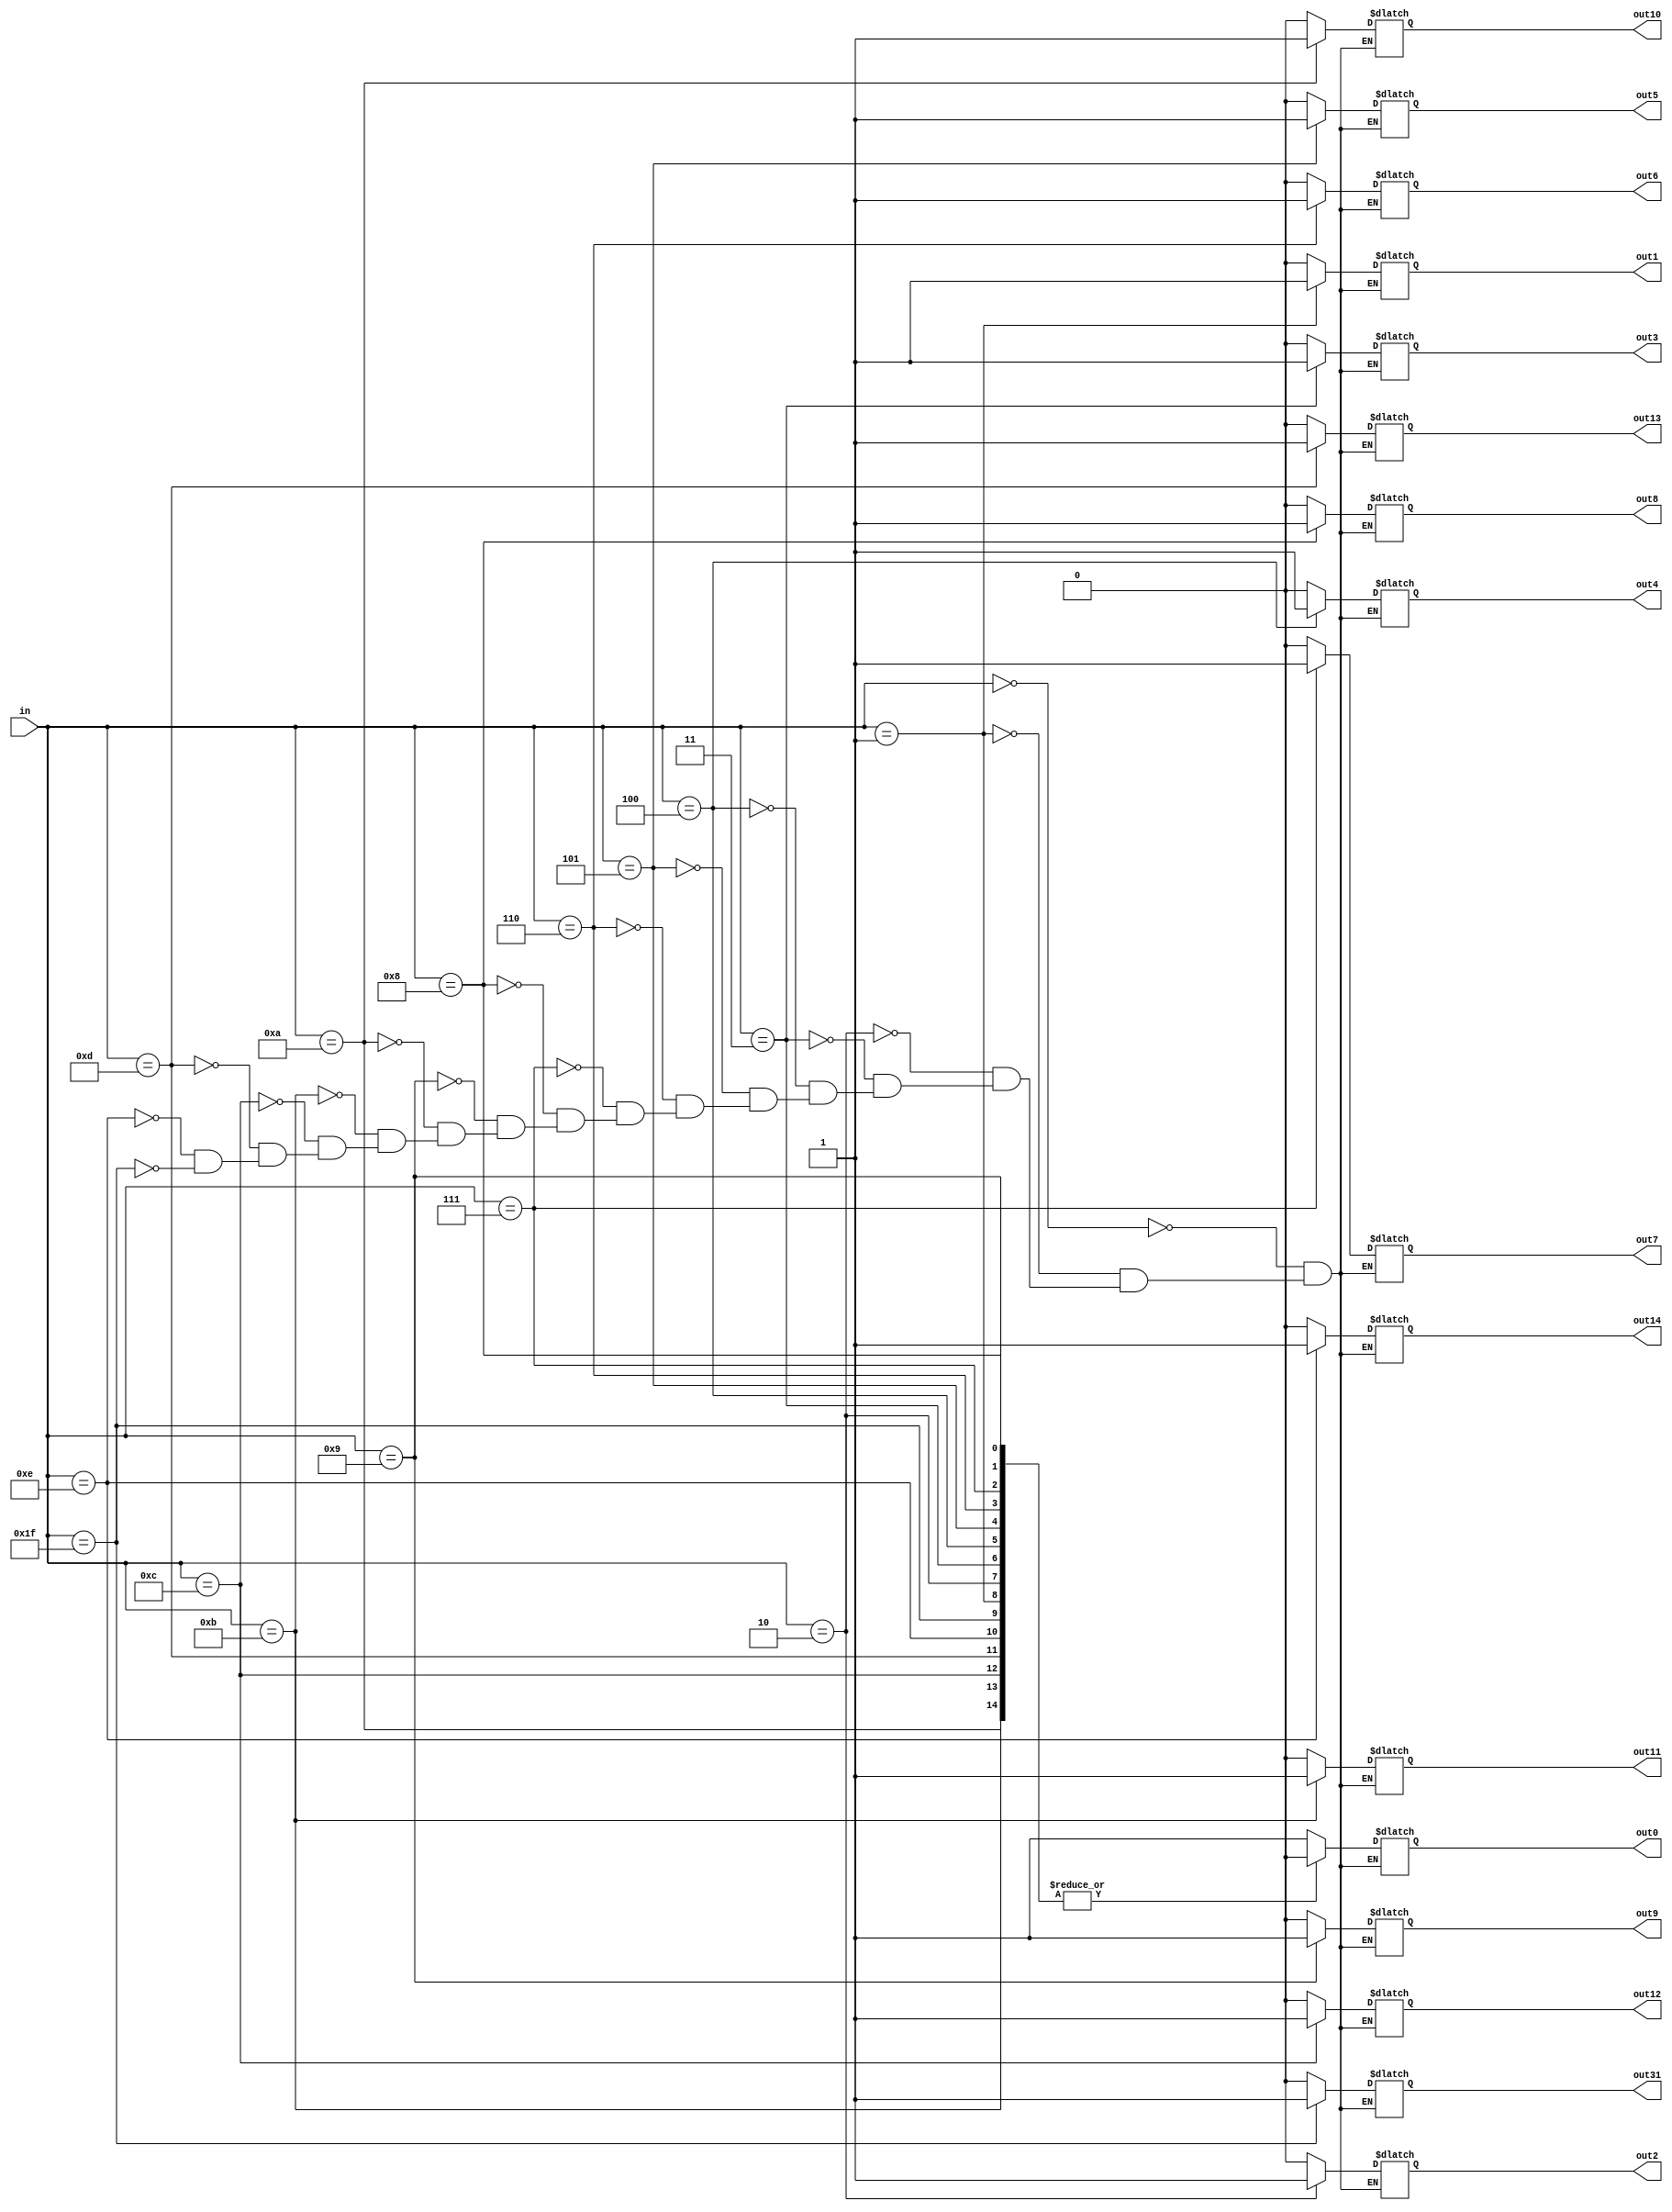
module dcd5_32(in, out0, out1, out2, out3, out4, out5, out6, out7,out8,out9,out10,out11,out12,out13,out14,out31);
	
	 
	input[4:0] in;
	output  out0, out1, out2, out3, out4, out5, out6, out7,out8,out9,out10,out11,out12,out13,out14,out31;

	reg out0, out1, out2, out3, out4, out5, out6, out7,out8,out9,out10,out11,out12,out13,out14,out31;


 
always@(in)
     begin
	case(in)
	  
	5'b00000: 
	begin
		 
		 #6 out0=1;
		 out1=0;
		 out2=0;
		 out3=0;
		 out4=0;
		 out5=0;
		 out6=0;
		 out7=0;
		 out8=0;
		 out9=0;
                 out10=0;
		 out11=0;
		 out12=0;
		 out13=0;
                 out14=0;
		 out31=0;
	end
	
	5'b00001: 
	begin
		 #6 out0=0;
		 out1=1;
		 out2=0;
		 out3=0;
		 out4=0;
		 out5=0;
		 out6=0;
		 out7=0;
		 out8=0;
		 out9=0;
                 out10=0;
		 out11=0;
		 out12=0;
		 out13=0;
                 out14=0;
		 out31=0;
	end
	
	5'b00010: 
	begin
		 #6 out0=0;
		 out1=0;
		 out2=1;
		 out3=0;
		 out4=0;
		 out5=0;
		 out6=0;
		 out7=0;
		 out8=0;
		 out9=0;
                 out10=0;
		 out11=0;
		 out12=0;
		 out13=0;
                 out14=0;
		 out31=0;
	end

	5'b00011: 
	begin
		 #6 out0=0;
		 out1=0;
		 out2=0;
		 out3=1;
		 out4=0;
		 out5=0;
		 out6=0;
		 out7=0;
		 out8=0;
		 out9=0;
                 out10=0;
		 out11=0;
		 out12=0;
		 out13=0;
                 out14=0;
		 out31=0;   
	end

	5'b00100: 
	begin
		 #6 out0=0;
		 out1=0;
		 out2=0;
		 out3=0;
		 out4=1;
		 out5=0;
		 out6=0;
		 out7=0;
		 out8=0;
		 out9=0;
                 out10=0;
		 out11=0;
		 out12=0;
		 out13=0;
                 out14=0;
		 out31=0;   
	end

	5'b00101:
	begin
	 	 #6 out0=0;
		 out1=0;
		 out2=0;
		 out3=0;
		 out4=0;
		 out5=1;
		 out6=0;
		 out7=0;
		 out8=0;
		 out9=0;
                 out10=0;
		 out11=0;
		 out12=0;
		 out13=0;
                 out14=0;
		 out31=0;   
		
	end

	5'b00110:
	begin
		#6  out0=0;
		 out1=0;
		 out2=0;
		 out3=0;
		 out4=0;
		 out5=0;
		 out6=1;
		 out7=0;
		 out8=0;
		 out9=0;
                 out10=0;
		 out11=0;
		 out12=0;
		 out13=0;
                 out14=0;
		 out31=0;   
	end

	5'b00111:
	begin
		 #6 out0=0;
		 out1=0;
		 out2=0;
		 out3=0;
		 out4=0;
		 out5=0;
		 out6=0;
		 out7=1;
		 out8=0;
		 out9=0;
                 out10=0;
		 out11=0;
		 out12=0;
		 out13=0;
                 out14=0;
		 out31=0;    
		
	end

	5'b01000:
	begin
		 #6 out0=0;
		 out1=0;
		 out2=0;
		 out3=0;
		 out4=0;
		 out5=0;
		 out6=0;
		 out7=0;
		 out8=1;
		 out9=0;
                 out10=0;
		 out11=0;
		 out12=0;
		 out13=0;
                 out14=0;
		 out31=0;    
		
	end
	5'b01001:
	begin
		 #6 out0=0;
		 out1=0;
		 out2=0;
		 out3=0;
		 out4=0;
		 out5=0;
		 out6=0;
		 out7=0;
		 out8=0;
		 out9=1;
                 out10=0;
		 out11=0;
		 out12=0;
		 out13=0;
                 out14=0;
		 out31=0;    
		
	end
	5'b01010:
	begin
		 #6 out0=0;
		 out1=0;
		 out2=0;
		 out3=0;
		 out4=0;
		 out5=0;
		 out6=0;
		 out7=0;
		 out8=0;
		 out9=0;
                 out10=1;
		 out11=0;
		 out12=0;
		 out13=0;
                 out14=0;
		 out31=0;    
		
	end
	5'b01011:
	begin
		 #6 out0=0;
		 out1=0;
		 out2=0;
		 out3=0;
		 out4=0;
		 out5=0;
		 out6=0;
		 out7=0;
		 out8=0;
		 out9=0;
                 out10=0;
		 out11=1;
		 out12=0;
		 out13=0;
                 out14=0;
		 out31=0;    
		
	end
5'b01100:
	begin
		 #6 out0=0;
		 out1=0;
		 out2=0;
		 out3=0;
		 out4=0;
		 out5=0;
		 out6=0;
		 out7=0;
		 out8=0;
		 out9=0;
                 out10=0;
		 out11=0;
		 out12=1;
		 out13=0;
                 out14=0;
		 out31=0;    
		
	end
	5'b01101:
	begin
		 #6 out0=0;
		 out1=0;
		 out2=0;
		 out3=0;
		 out4=0;
		 out5=0;
		 out6=0;
		 out7=0;
		 out8=0;
		 out9=0;
                 out10=0;
		 out11=0;
		 out12=0;
		 out13=1;
                 out14=0;
		 out31=0;    
		
	end
        5'b01110:
	begin
		 #6 out0=0;
		 out1=0;
		 out2=0;
		 out3=0;
		 out4=0;
		 out5=0;
		 out6=0;
		 out7=0;
		 out8=0;
		 out9=0;
                 out10=0;
		 out11=0;
		 out12=0;
		 out13=0;
                 out14=1;
		 out31=0;    
		
	end




5'b11111:
	begin
		 #6 out0=0;
		 out1=0;
		 out2=0;
		 out3=0;
		 out4=0;
		 out5=0;
		 out6=0;
		 out7=0;
		 out8=0;
		 out9=0;
                 out10=0;
		 out11=0;
		 out12=0;
		 out13=0;
 		 out14=0;
		 out31=1;    
		
	end

	endcase
end

endmodule